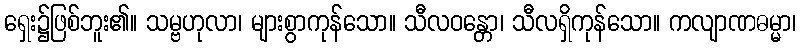
ရှေး၌ဖြစ်ဘူး၏။ သမ္ဗဟုလာ၊ များစွာကုန်သော။ သီလဝန္တော၊ သီလရှိကုန်သော။ ကလျာဏဓမ္မာ၊